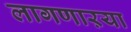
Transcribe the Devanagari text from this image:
लागणाऱया